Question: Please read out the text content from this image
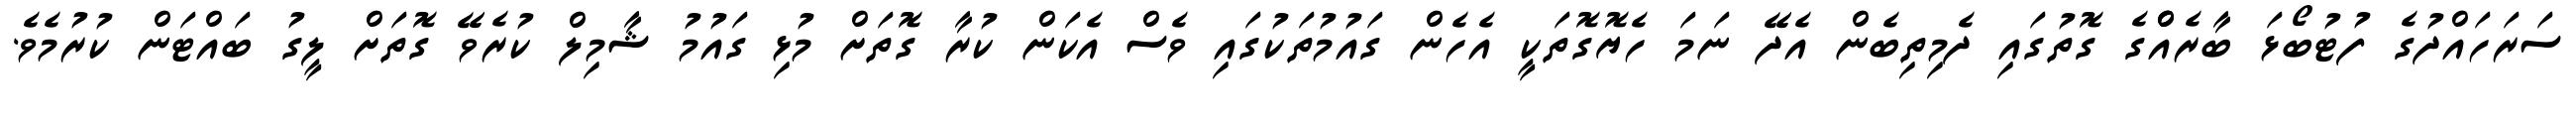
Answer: ސަރަހައްދުގެ ފުޓުބޯޅަ ބާރެއްްގެ ގޮތުގައި ދެމިތިބެން އެދޭ ނަމަ ހެޔޮގޮތަކީ އެހެން ގައުމުތަކުގައި ވެސް އެކަން ކުރާ ގޮތަށް މުޅި ގައުމު ޝާމިލް ކުރެވޭ ގޮތަށް ލީގު ބައްޓަން ކުރުމެވެ.